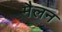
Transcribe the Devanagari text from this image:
मैलन